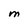
Character: M